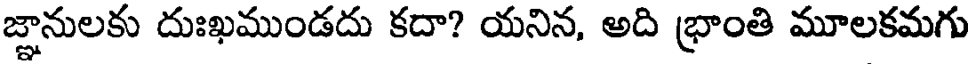
జ్ఞానులకు దుఃఖముండదు కదా? యనిన, అది భ్రాంతి మూలకమగు